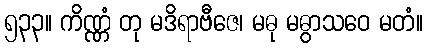
၅၃၃။ ကိဏ္ဏံ တု မဒိရာဗီဇေ၊ မဓု မဓွာသဝေ မတံ။